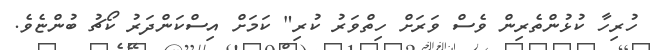
ހުރިހާ ކުޅުންތެރިން ވެސް ވަރަށް ހިތްވަރު ކުރި" ކަމަށް އިސްކަންދަރު ކޯޗު ބުންޏެވެ.